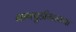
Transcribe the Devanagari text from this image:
नागपुडीसारख्या